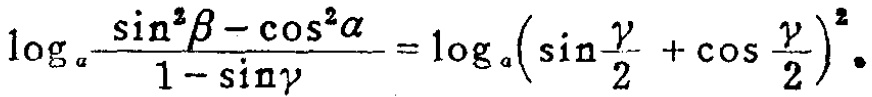
\(\log_{a}\frac{\sin^{2}\beta - \cos^{2}\alpha}{1 - \sin\gamma}=\log_{a}(\sin\frac{\gamma}{2}+\cos\frac{\gamma}{2})^{2}\)